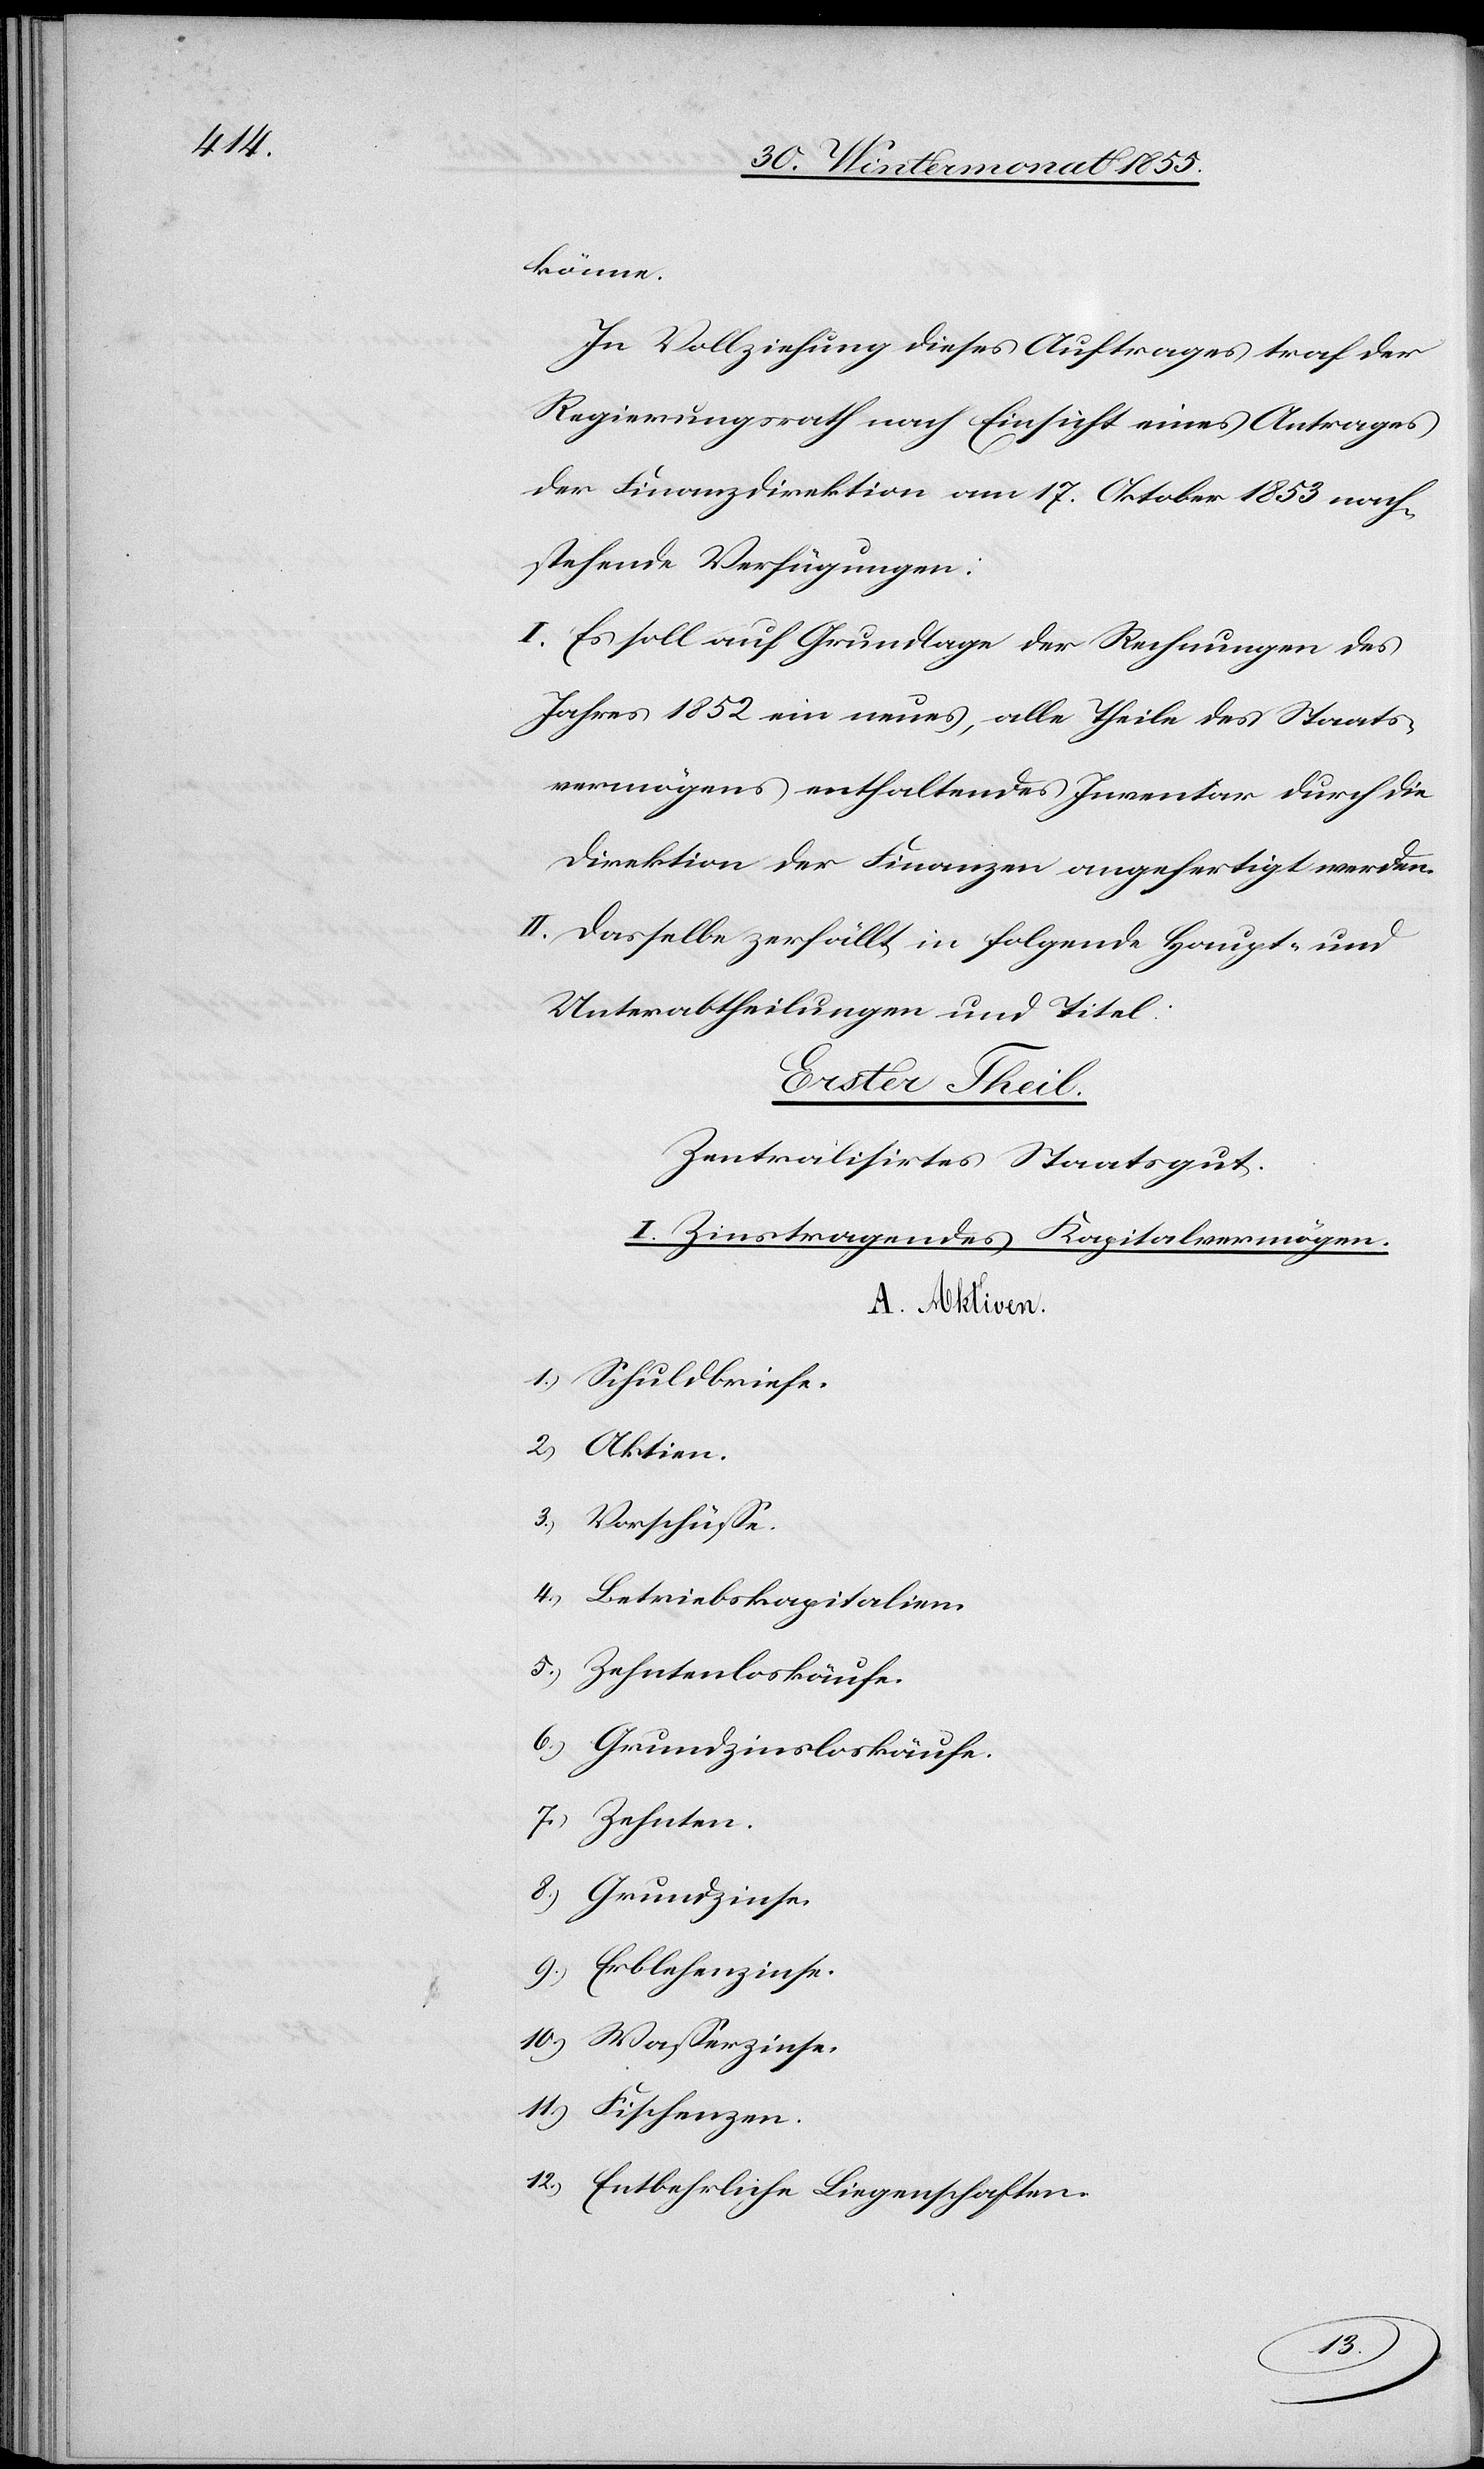
könne.
In Vollziehung dieses Auftrages traf der
Regierungsrath nach Einsicht eines Antrages
der Finanzdirektion am 17. Oktober 1853 nach¬
stehende Verfügungen:
I. Es soll auf Grundlage der Rechnungen des
Jahres 1852 ein neues, alle Theile des Staats¬
vermögens enthaltendes Inventar durch die
Direktion der Finanzen angefertigt werden.
II. Dasselbe zerfällt in folgende Haupt- und
Unterabtheilungen und Titel:
Erster Theil.
Zentralisirtes Staatsgut.
I. Zinstragendes Kapitalvermögen.
A. Aktiven.
1.) Schuldbriefe.
2.) Aktien.
3.) Vorschüsse.
4.) Betriebskapitalien.
5.) Zehntenloskäufe.
6.) Grundzinsloskäufe.
7.) Zehnten.
8.) Grundzinse.
9.) Erblehenzinse.
10.) Wasserzinse.
11.) Fischenzen.
12.) Entbehrliche Liegenschaften.